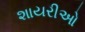
શાયરીઓ